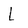
Character: L